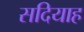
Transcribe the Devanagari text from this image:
सदियाह